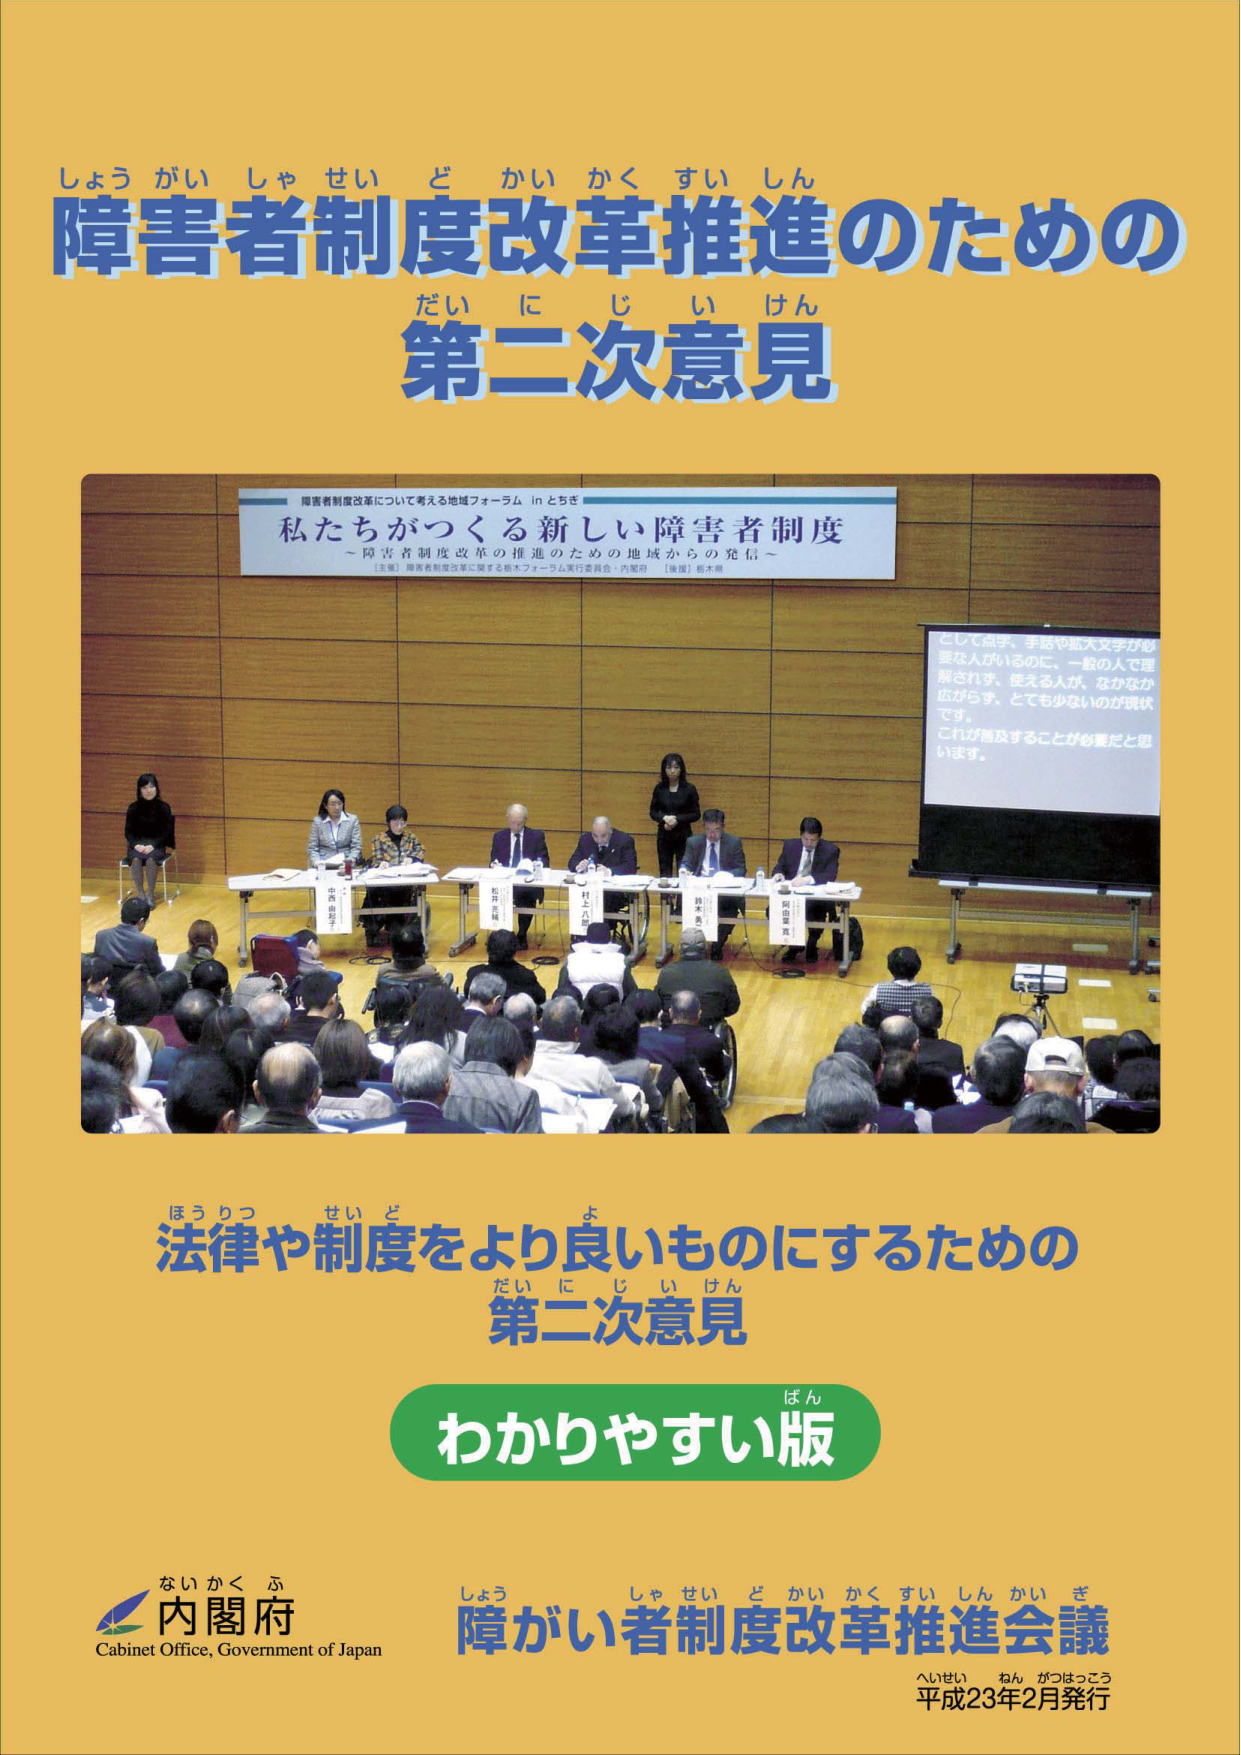
しょうがいしゃせいどかいかくすいしん
障害者制度改革推進のための
だいにじいけん
第二次意見

障害者制度改革について考える地域フォーラム in とちぎ
私たちがつくる新しい障害者制度
～障害者制度改革の推進のための地域からの発信～
〔主催〕障害者制度改革に関する都市フォーラム実行委員会・内閣府 〔後援〕栃木県

そして点字、手話や拡大文字が必要な人がいるのに、一般の人で理解されず、使える人が、なかなか広がらず、とても少ないのが現状です。
これが普及することが必要だと思います。

ほうりつせいどをより良いものにするための
だいにじいけん
第二次意見

ばん
わかりやすい版

ないかくふ
内閣府
Cabinet Office, Government of Japan

しょうしゃせいどかいかくすいしんかいぎ
障がい者制度改革推進会議
へいせい ねん がつはっこう
平成23年2月発行